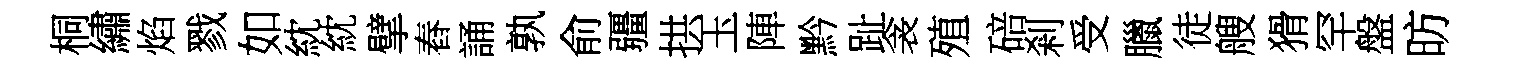
桐繡焰戮如紞紞擘舂誦孰俞疆拱玉陣黔趾衾殖碚剎受臘徒艘猾罕盤昉